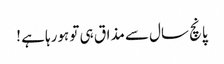
پانچ سال سے مذاق ہی تو ہورہا ہے !